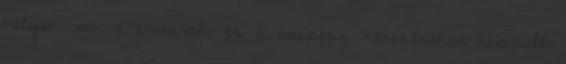
helyen van a többivel, és a csipesz keresésekor kiborult